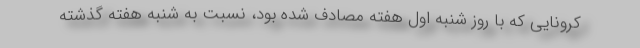
کرونایی که با روز شنبه اول هفته مصادف شده بود، نسبت به شنبه هفته گذشته